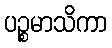
ပဉ္စမာသိကာ